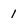
Character: 1